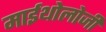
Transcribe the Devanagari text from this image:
माईथोलोजी